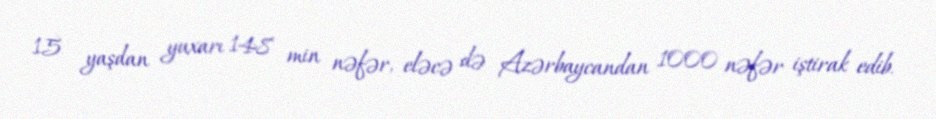
15 yaşdan yuxarı 148 min nəfər, eləcə də Azərbaycandan 1000 nəfər iştirak edib.